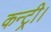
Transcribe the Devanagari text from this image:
कन्ट्री।